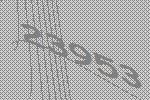
23953